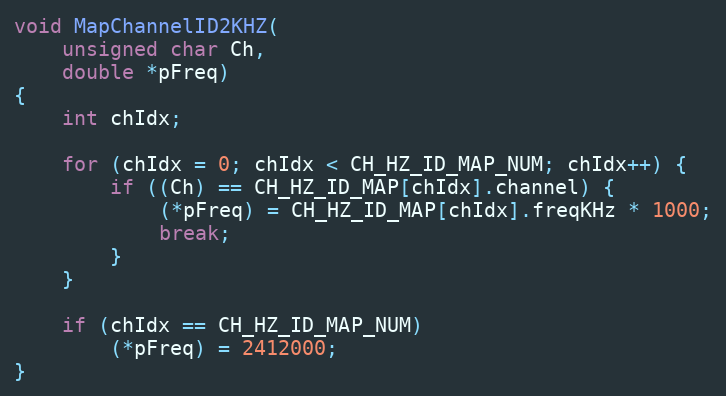
Language: C
void MapChannelID2KHZ(
	unsigned char Ch,
	double *pFreq)
{
	int chIdx;

	for (chIdx = 0; chIdx < CH_HZ_ID_MAP_NUM; chIdx++) {
		if ((Ch) == CH_HZ_ID_MAP[chIdx].channel) {
			(*pFreq) = CH_HZ_ID_MAP[chIdx].freqKHz * 1000;
			break;
		}
	}

	if (chIdx == CH_HZ_ID_MAP_NUM)
		(*pFreq) = 2412000;
}